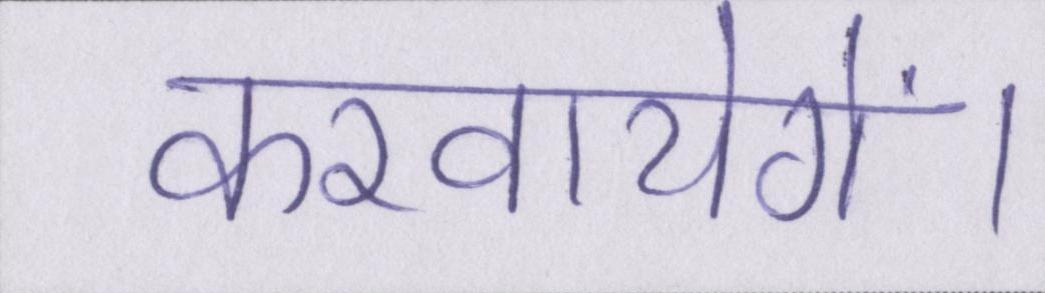
करवायेगें।